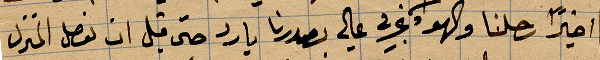
اخيرًا رحلنا والهوار يجري على صدرنا بارد حتى قبل ان نصل المنزل